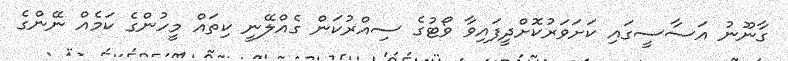
ގާނޫނު އަސާސީގައި ކަށަވަރުކޮށްދީފައިވާ ވޯޓުގެ ސިއްރުކަން ގެއްލޭނީ ކިތައް މީހުންގެ ކަމެއް ނޭންގެ